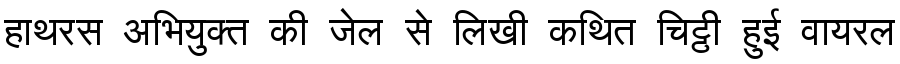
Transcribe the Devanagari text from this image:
हाथरस अभियुक्त की जेल से लिखी कथित चिट्ठी हुई वायरल